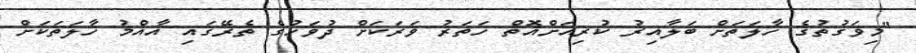
"މިވަގުތުގެ ހާލަތަށް ބަލާއިރު ކުރިއަށްއޮތް ހަތަރު ވަރަކަށް ދުވަހުގެ ތެރޭގައި އާއްމު ހާލަތަކަށް